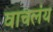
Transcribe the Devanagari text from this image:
वाचलंय